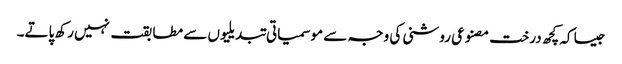
جیسا کہ کچھ درخت مصنوعی روشنی کی وجہ سے موسمیاتی تبدیلیوں سے مطابقت نہیں رکھ پاتے۔